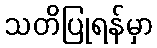
သတိပြုရန်မှာ